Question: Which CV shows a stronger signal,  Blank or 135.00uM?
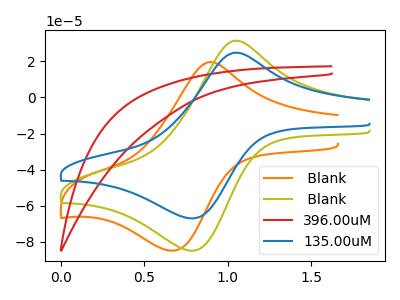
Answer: <think>The orange curve " Blank" has an anodic peak at (0.90V, 19.50uA) and a cathodic peak at (0.70V, -84.85uA). The olive curve " Blank" has an anodic peak at (1.05V, 31.45uA) and a cathodic peak at (0.80V, -84.90uA). The red curve "396.00uM" has no peaks. The blue curve "135.00uM" has an anodic peak at (1.05V, 24.80uA) and a cathodic peak at (0.80V, -67.00uA).
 All the peaks in " Blank" have a peak in "135.00uM" at the same potential. Every peak in " Blank" is higher than every peak in "135.00uM".</think>
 <answer>" Blank" has more signal than "135.00uM".</answer>
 <eval>more_signal</eval>